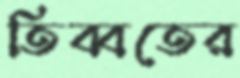
তিব্বতের